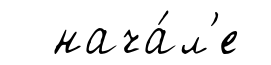
нача́л'е